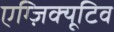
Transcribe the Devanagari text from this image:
एग्ज़िक्यूटिव